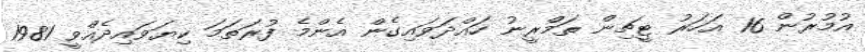
އުމުުރުން 16 އަހަރު ޓީޗިން ތަމްރީނު ހައްދަވައިގެން އެންމެ ފުރަތަމަ ކިޔަވައިދެއްވީ 1981